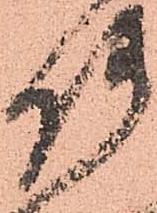
使